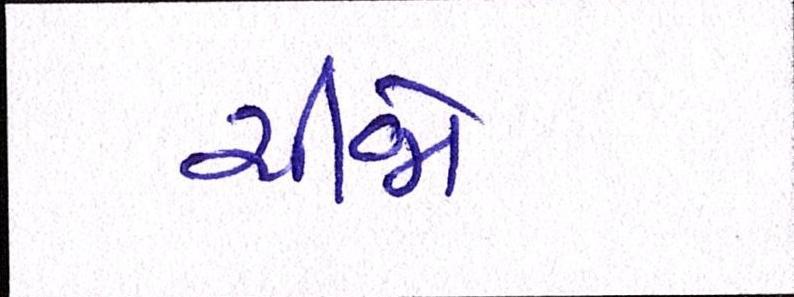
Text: ચીજો